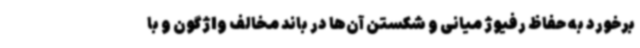
برخورد به حفاظ رفیوژ میانی و شکستن آن‌ها در باند مخالف واژگون و با